Scottish Leaving Certificate Examination, 1958
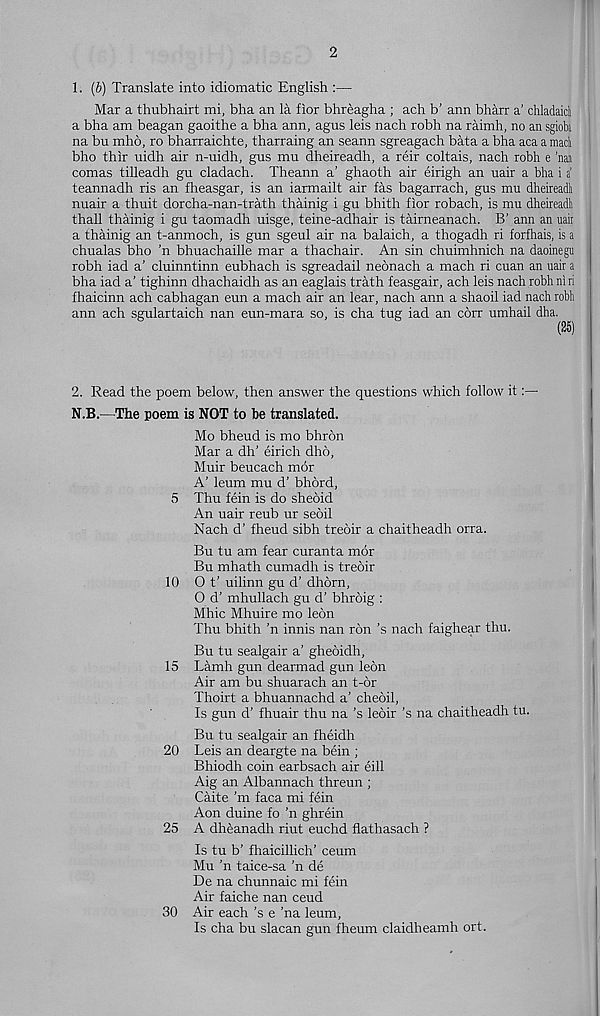
2
1. (b) Translate into idiomatic English :—
Mar a thubhairt mi, bha an la fior bhreagha ; ach b’ ann bharr a’ chladaicl
a bha am beagan gaoithe a bha ann, agus leis nach robh na raimh, no an sgioba
na bu mho, ro bharraichte, tharraing an seann sgreagach bata a bha aca a mad
bho thir uidh air n-uidh, gus mu dheireadh, a reir coltais, nach robh e ’nai
comas tiheadh gu cladach. Theann a’ ghaoth air eirigh an uair a bha i a‘
teannadh ris an fheasgar, is an iarmailt air fas bagarrach, gus mu dheireadh
nuair a thuit dorcha-nan-trath thainig i gu bhith fior robach, is mu dheireadli
thall thainig i gu taomadh uisge, teine-adhair is tairneanach. B’ ann an uair
a thainig an t-anmoch, is gun sgeul air na balaich, a thogadh ri forfhais, is a
chualas bho ’n bhuachaille mar a thachair. An sin chuimhnich na daoinegu
robh iad a’ cluinntinn eubhach is sgreadail neonach a mach ri cuan an uair a
bha iad a’ tighinn dhachaidh as an eaglais trath feasgair, ach leis nach robh ni ri
fhaicinn ach cabhagan eun a mach air an lear, nach ann a shaoil iad nach robh
ann ach sgulartaich nan eun-mara so, is cha tug iad an corr umhail dha.
(25)
2. Read the poem below, then answer the questions which follow it
N.B.—The poem is NOT to be translated.
Mo bheud is mo bhrdn
Mar a dh’ eirich dho,
Muir beucach mor
A' leum mu d’ bhord,
5 Thu fein is do sheoid
An uair reub ur seoil
Nach d’ fheud sibh treoir a chaitheadh orra.
Bu tu am fear curanta mor
Bu mhath cumadh is treoir
10 0 t’ uilinn gu d’ dhorn,
0 d' mhullach gu d’ bhroig :
Mhic Mhuire mo leon
Thu bhith ’n innis nan ron’s nach faighear thu.
Bu tu sealgair a’ gheoidh,
15 Lhmh gun dearmad gun leon
Air am bu shuarach an t-6r
Thoirt a bhuannachd a’ cheoil,
Is gun d’ fhuair thu na’s leoir’s na chaitheadh tu.
Bu tu sealgair an fheidh
20 Leis an deargte na bein ;
Bhiodh coin earbsach air eill
Aig an Albannach threun ;
Caite’m faca mi fein
Aon duine fo ’n ghrein
25 A dheanadh riut euchd flathasach ?
Is tu b' fhaicihich’ ceum
Mu 'n taice-sa 'n de
De na chunnaic mi fein
Air faiche nan ceud
30 Air each's e ’na leum,
Is cha bu slacan gun fheum claidheamh ort.